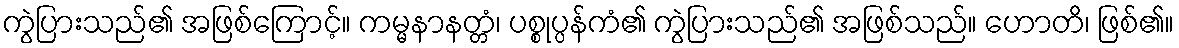
ကွဲပြားသည်၏ အဖြစ်ကြောင့်။ ကမ္မနာနတ္တံ၊ ပစ္စုပ္ပန်ကံ၏ ကွဲပြားသည်၏ အဖြစ်သည်။ ဟောတိ၊ ဖြစ်၏။